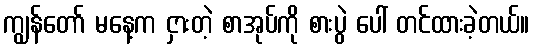
ကျွန်တော် မနေ့က ငှားတဲ့ စာအုပ်ကို စားပွဲ ပေါ် တင်ထားခဲ့တယ်။